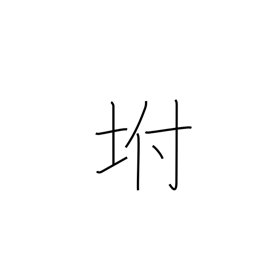
Meaning: slope